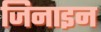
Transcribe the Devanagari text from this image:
जिनाइन